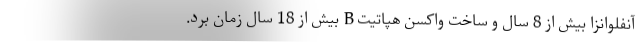
آنفلوانزا بیش از 8 سال و ساخت واکسن هپاتیت B بیش از 18 سال زمان برد.